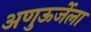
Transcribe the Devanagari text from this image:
अणुऊर्जेला